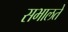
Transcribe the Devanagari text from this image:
सभालते